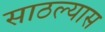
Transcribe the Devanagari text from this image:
साठल्यास